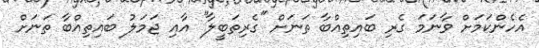
އެހެންކަމަށް ވާނަމަ ގެރި ބައިތިއްބާ ތަނަށް ''ގެރިތަބީލާ'' އާއި ޖަމަލު ބައިތިއްބާ ތަނަށް